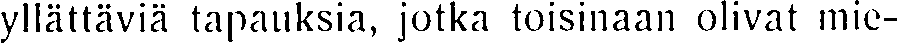
yllättäviä tapauksia, jotka toisinaan olivat mie-